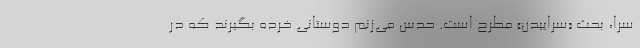
سرا، بحث «سَراییدن» مطرح است. حدس می‌زنم دوستانی خُرده بگیرند که در